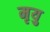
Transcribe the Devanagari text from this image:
मृयु